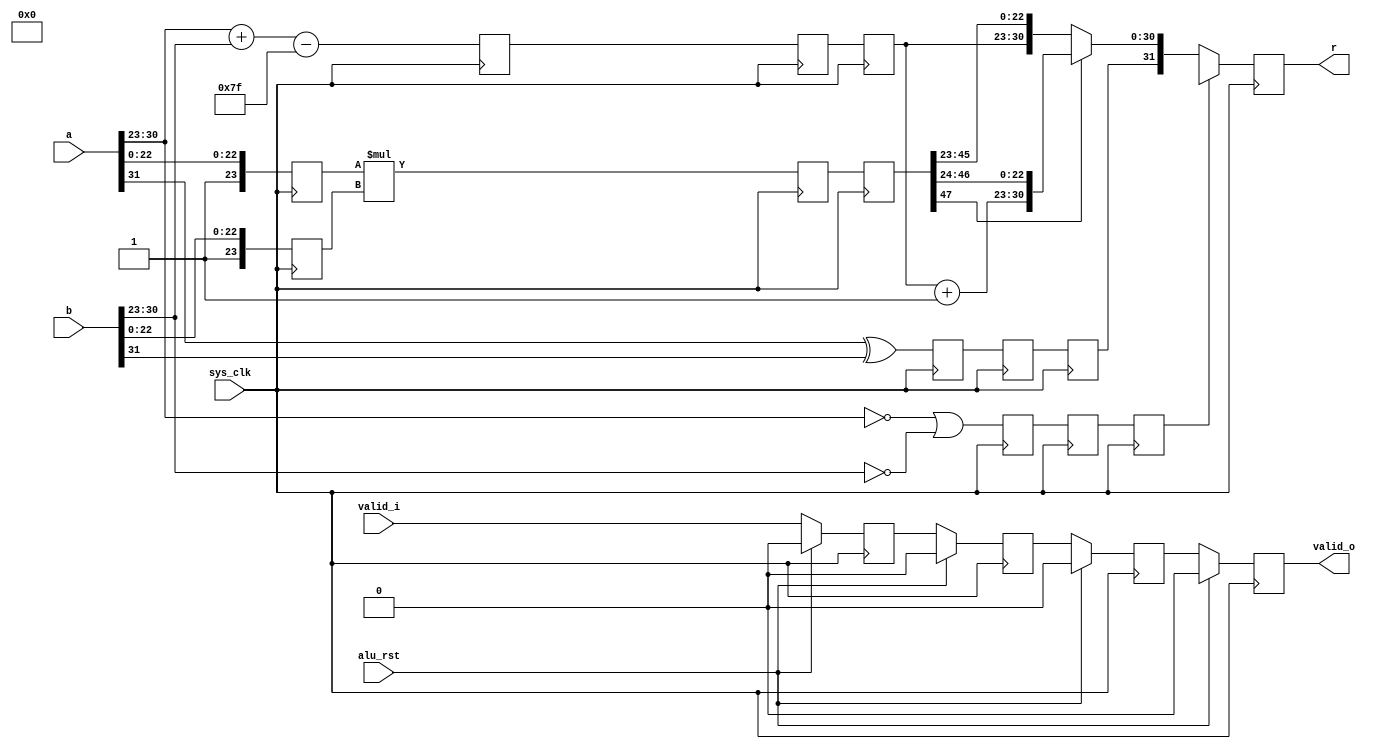
module pfpu_fmul(
	input sys_clk,
	input alu_rst,
	
	input [31:0] a,
	input [31:0] b,
	input valid_i,
	
	output reg [31:0] r,
	output reg valid_o
);

wire		a_sign = a[31];
wire [7:0]	a_expn = a[30:23];
wire [23:0]	a_mant = {1'b1, a[22:0]};

wire		b_sign = b[31];
wire [7:0]	b_expn = b[30:23];
wire [23:0]	b_mant = {1'b1, b[22:0]};

reg		r_zero;
reg		r_sign;
reg [7:0]	r_expn;
reg [23:0]	r_a_mant;
reg [23:0]	r_b_mant;

reg r_valid;

/* Stage 1 */
always @(posedge sys_clk) begin
	if(alu_rst)
		r_valid <= 1'b0;
	else
		r_valid <= valid_i;
	r_zero <= (a_expn == 8'd0)|(b_expn == 8'd0);
	r_sign <= a_sign ^ b_sign;
	r_expn <= a_expn + b_expn - 8'd127;
	r_a_mant <= a_mant;
	r_b_mant <= b_mant;
end

/* Stage 2 */
reg		r1_zero;
reg		r1_sign;
reg [7:0]	r1_expn;
reg [47:0]	r1_mant;

reg r1_valid;

always @(posedge sys_clk) begin
	if(alu_rst)
		r1_valid <= 1'b0;
	else
		r1_valid <= r_valid;
	r1_zero <= r_zero;
	r1_sign <= r_sign;
	r1_expn <= r_expn;
	r1_mant <= r_a_mant*r_b_mant;
end

/* Stage 3 */
reg		r2_zero;
reg		r2_sign;
reg [7:0]	r2_expn;
reg [47:0]	r2_mant;

reg r2_valid;

always @(posedge sys_clk) begin
	if(alu_rst)
		r2_valid <= 1'b0;
	else
		r2_valid <= r1_valid;
	r2_zero <= r1_zero;
	r2_sign <= r1_sign;
	r2_expn <= r1_expn;
	r2_mant <= r1_mant;
end

/* Stage 4 */
always @(posedge sys_clk) begin
	if(alu_rst)
		valid_o <= 1'b0;
	else
		valid_o <= r2_valid;
	if(r2_zero)
		r <= {1'bx, 8'd0, 23'bx};
	else begin
		if(~r2_mant[47])
			r <= {r2_sign, r2_expn,      r2_mant[45:23]};
		else
			r <= {r2_sign, r2_expn+8'd1, r2_mant[46:24]};
	end
end

endmodule